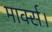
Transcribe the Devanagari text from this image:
मार्क्स।